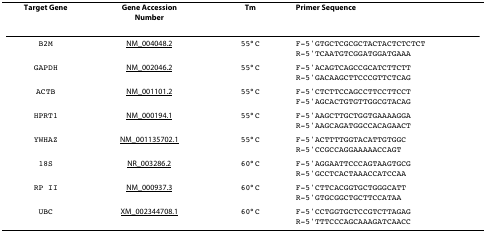
<table><thead><tr><td><b>Target Gene</b></td><td><b>Gene AccessionNumber</b></td><td><b>Tm</b></td><td><b>Primer Sequence</b></td></tr></thead><tbody><tr><td>B2M</td><td>NM_004048.2</td><td>55°C</td><td>F-5&#x27;GTGCTCGCGCTACTACTCTCTCTR-5&#x27;TCAATGTCGGATGGATGAAA</td></tr><tr><td>GAPDH</td><td>NM_002046.2</td><td>55°C</td><td>F-5&#x27;ACAGTCAGCCGCATCTTCTTR-5&#x27;GACAAGCTTCCCGTTCTCAG</td></tr><tr><td>ACTB</td><td>NM_001101.2</td><td>55°C</td><td>F-5&#x27;CTCTTCCAGCCTTCCTTCCTF-5&#x27;AGCACTGTGTTGGCGTACAG</td></tr><tr><td>HPRT1</td><td>NM_000194.1</td><td>55°C</td><td>F-5&#x27;AAGCTTGCTGGTGAAAAGGAR-5&#x27;AAGCAGATGGCCACAGAACT</td></tr><tr><td>YWHAZ</td><td>NM_001135702.1</td><td>55°C</td><td>F-5&#x27;ACTTTTGGTACATTGTGGCR-5&#x27;CCGCCAGGAAAAACCAGT</td></tr><tr><td>18S</td><td>NR_003286.2</td><td>60°C</td><td>F-5&#x27;AGGAATTCCCAGTAAGTGCGR-5&#x27;GCCTCACTAAACCATCCAA</td></tr><tr><td>RP II</td><td>NM_000937.3</td><td>60°C</td><td>F-5&#x27;CTTCACGGTGCTGGGCATTR-5&#x27;GTGCGGCTGCTTCCATAA</td></tr><tr><td>UBC</td><td>XM_002344708.1</td><td>60°C</td><td>F-5&#x27;CCTGGTGCTCCGTCTTAGAGR-5&#x27;TTTCCCAGCAAAGATCAACC</td></tr></tbody></table>